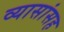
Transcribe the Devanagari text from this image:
व्यासांसह